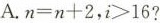
A.$$n = n + 2$$，$$i > 1 6$$？